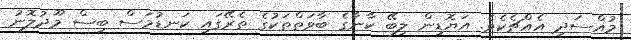
މުއްސަދި އެއްޗެކެވެ. އަޔޮޑިން ލިބޭ ކާނާގެ ބާވަތްތަކުގެ ތެރޭގައި ކަނޑުމަސް ބިސް މޫދުލޮނު